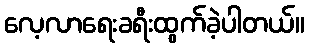
လေ့လာရေးခရီးထွက်ခဲ့ပါတယ်။